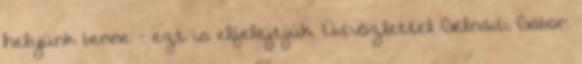
helyünk benne - ezt is elfelejtjük. Üdvözlettel Gélnádi Gábor.